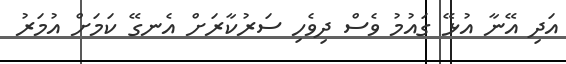
އަދި އޭނާ އުޅޭ ގައުމު ވެސް ދިވެހި ސަރުކާރަށް އެނގޭ ކަމަށް އުމަރު